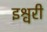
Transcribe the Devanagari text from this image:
इश्वरी